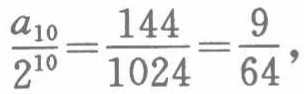
$\frac{a_{10}}{2^{10}}=\frac{144}{1024}=\frac{9}{64},$